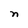
Character: n